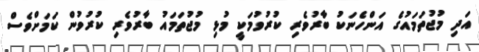
އަދި މުޖުތަމައުގެ އަންހެނަކު ބާރުވެރި ކުރުވުމަކީ މުޅި މުޖުތަމައު ބާރުވެރި ކުރުވުން ކަމަށްވެސް